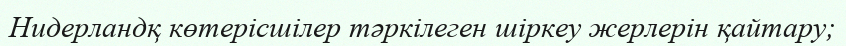
Нидерландқ көтерісшілер тәркілеген шіркеу жерлерін қайтару;